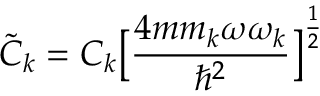
\tilde { C } _ { k } = C _ { k } \big [ \frac { 4 m m _ { k } \omega \omega _ { k } } { \hbar ^ { 2 } } \big ] ^ { \frac { 1 } { 2 } }